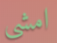
امشي